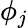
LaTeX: \phi_{j}